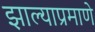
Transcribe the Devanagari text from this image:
झाल्याप्रमाणे